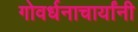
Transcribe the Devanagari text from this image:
गोवर्धनाचार्यांनी